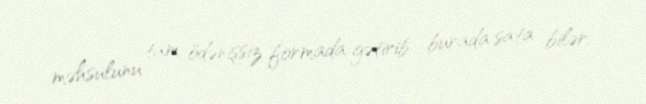
məhsulunu tam ödənişsiz formada gətirib burada sata bilər.